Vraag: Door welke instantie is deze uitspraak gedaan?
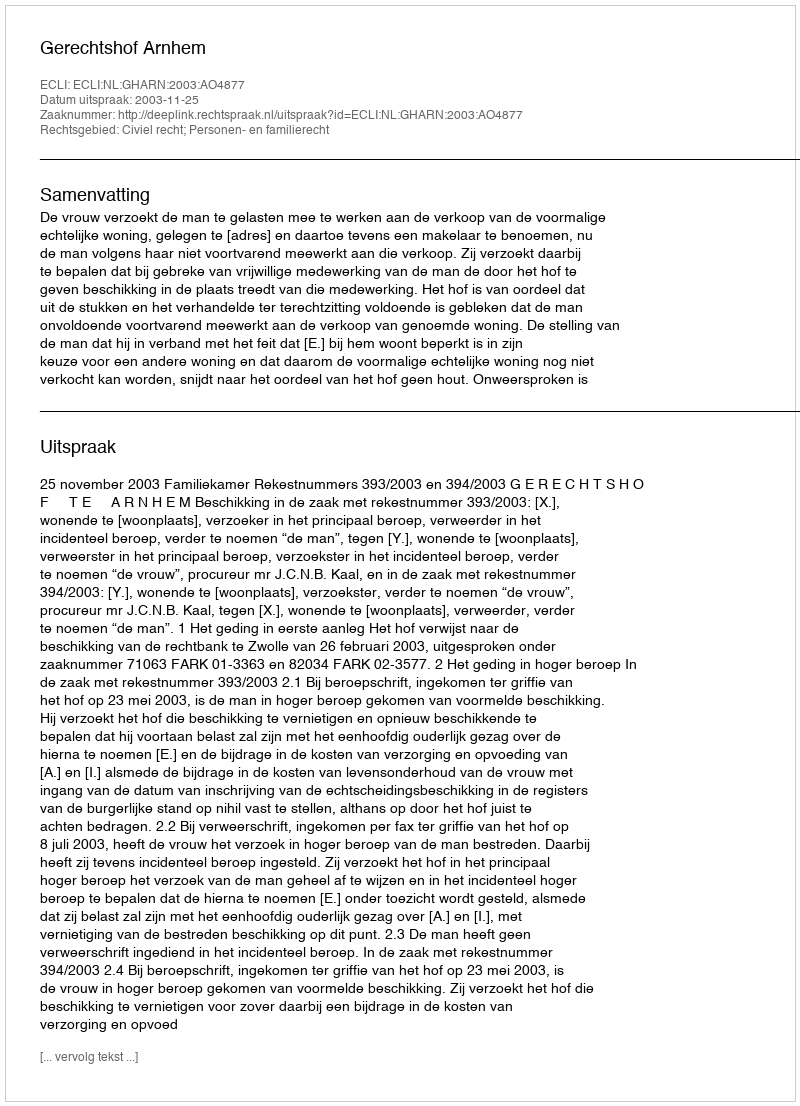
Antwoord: Gerechtshof Arnhem